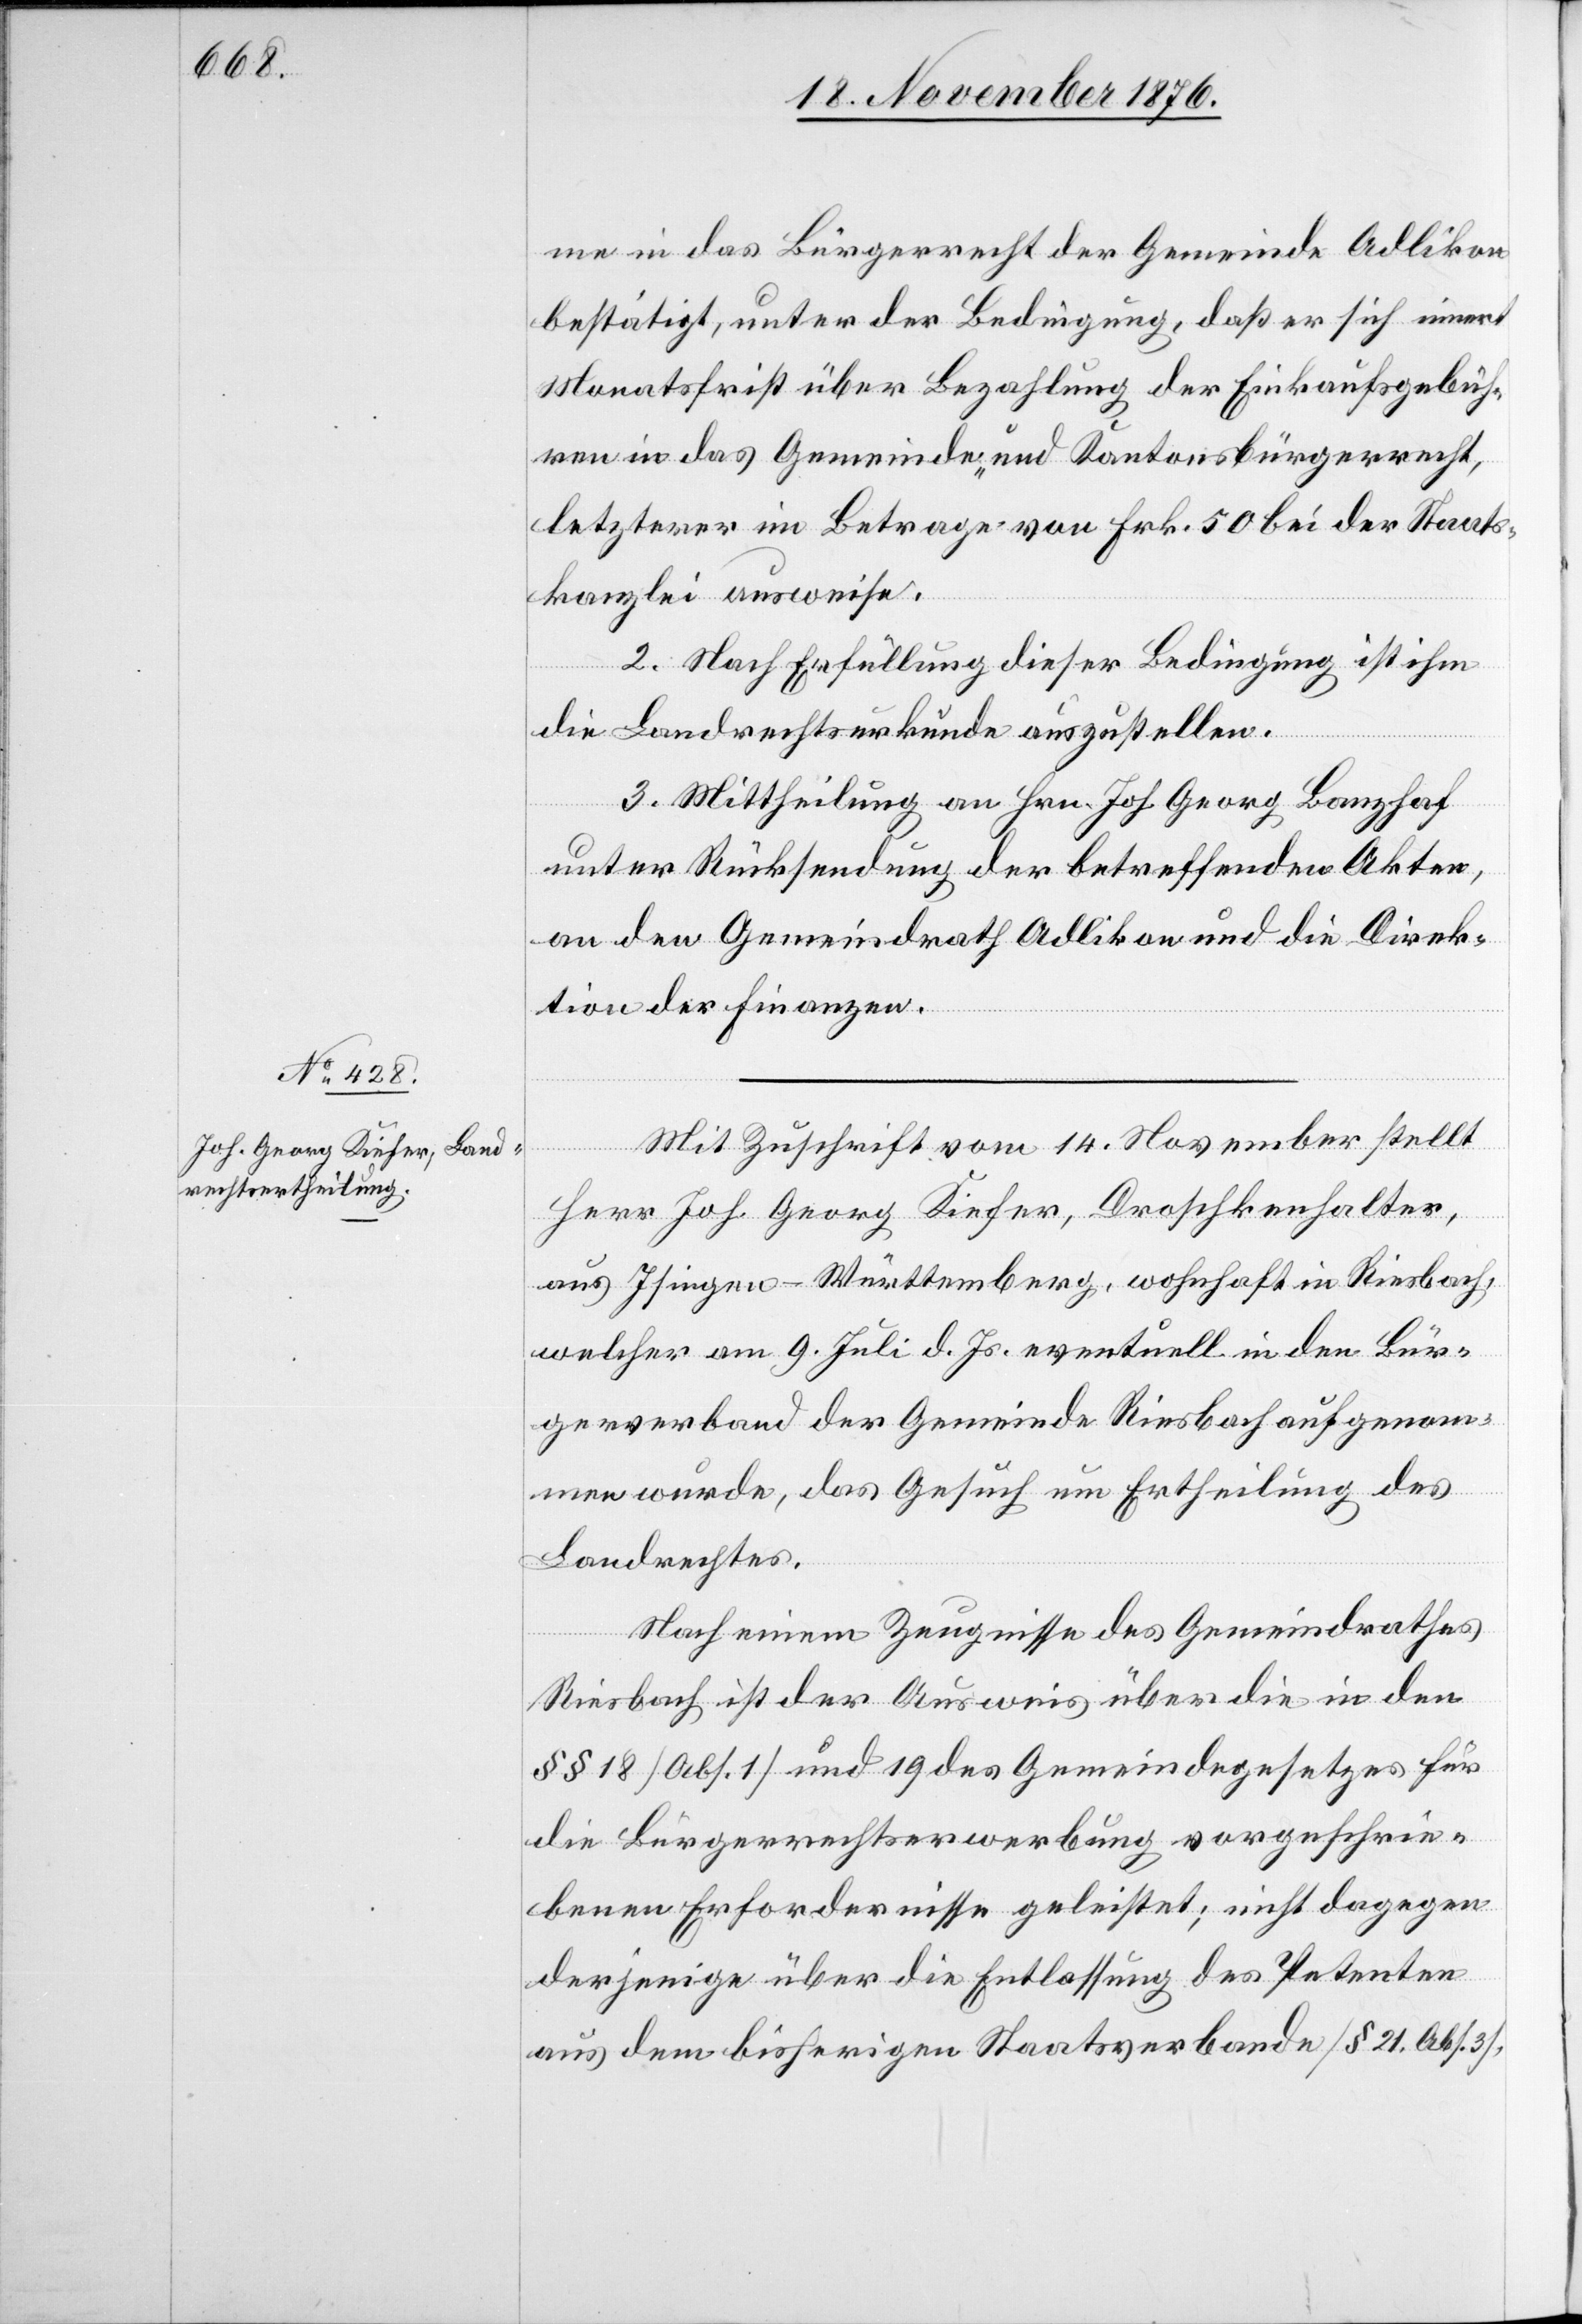
me in das Bürgerrecht der Gemeinde Adlikon
bestätigt, unter der Bedingung, daß er sich innert
Monatsfrist über Bezahlung der Einkaufgebüh¬
ren in das Gemeinde- und Kantonsbürgerrecht,
letzterer im Betrage von Frk. 50 bei der Staats¬
kanzlei ausweise.
2. Nach Erfüllung dieser Pflicht ist ihm
die Landrechtsurkunde auszustellen.
3. Mittheilung an Hrn. Joh. Georg Banzhaf
unter Rücksendung der betreffenden Akten,
an den Gemeindrath Adlikon und die Direk¬
tion der Finanzen.